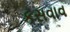
કસવાવ